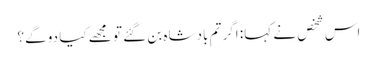
اس شخص نے کہا: اگر تم بادشاہ بن گئے تو مجھے کیا دو گے؟